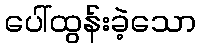
ပေါ်ထွန်းခဲ့သော